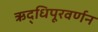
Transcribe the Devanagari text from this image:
ऋद्धिपूरवर्णन